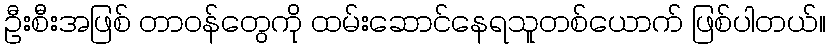
ဦးစီးအဖြစ် တာဝန်တွေကို ထမ်းဆောင်နေရသူတစ်ယောက် ဖြစ်ပါတယ်။